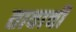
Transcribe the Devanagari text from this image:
तावाची